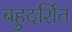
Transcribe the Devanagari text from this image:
बहुदर्शित